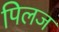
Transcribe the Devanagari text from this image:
पिलज